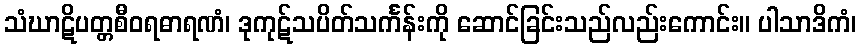
သံဃာဋိပတ္တစီဝရဓာရဏံ၊ ဒုကုဋ်သပိတ်သင်္ကန်းကို ဆောင်ခြင်းသည်လည်းကောင်း။ ပါသာဒိကံ၊